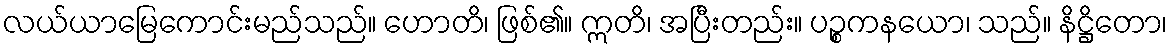
လယ်ယာမြေကောင်းမည်သည်။ ဟောတိ၊ ဖြစ်၏။ ဣတိ၊ အပြီးတည်း။ ပဉ္စကနယော၊ သည်။ နိဋ္ဌိတော၊